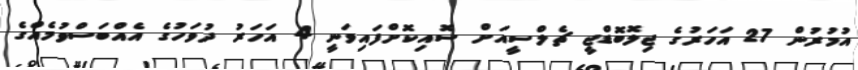
އުމުރުން 27 އަހަރުގެ ޖިލޮބޮޑްޖީ ޗެލްސީއަށް ސޮއިކޮށްފައިވަނީ 4 އަހަރު ދުވަހުގެ އެއްބަސްވުމެއްގެ